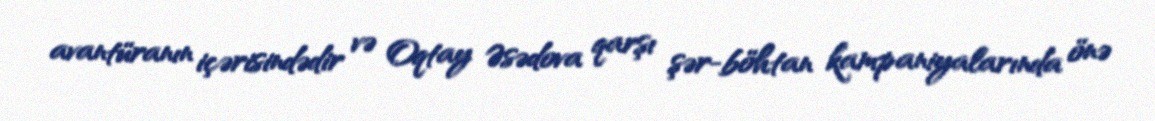
avantüranın içərisindədir və Oqtay Əsədova qarşı şər-böhtan kampaniyalarında önə